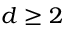
d \ge 2